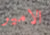
الامير